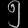
Digit: ၅